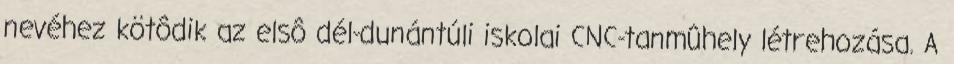
nevéhez kötôdik az elsô dél-dunántúli iskolai CNC-tanmûhely létrehozása. A